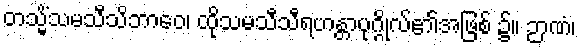
တသ္မိံသမသီသိဘာဝေ၊ ထိုသမသီသီရဟန္တာပုဂ္ဂိုလ်၏အဖြစ် ၌။ ဉာဏံ၊